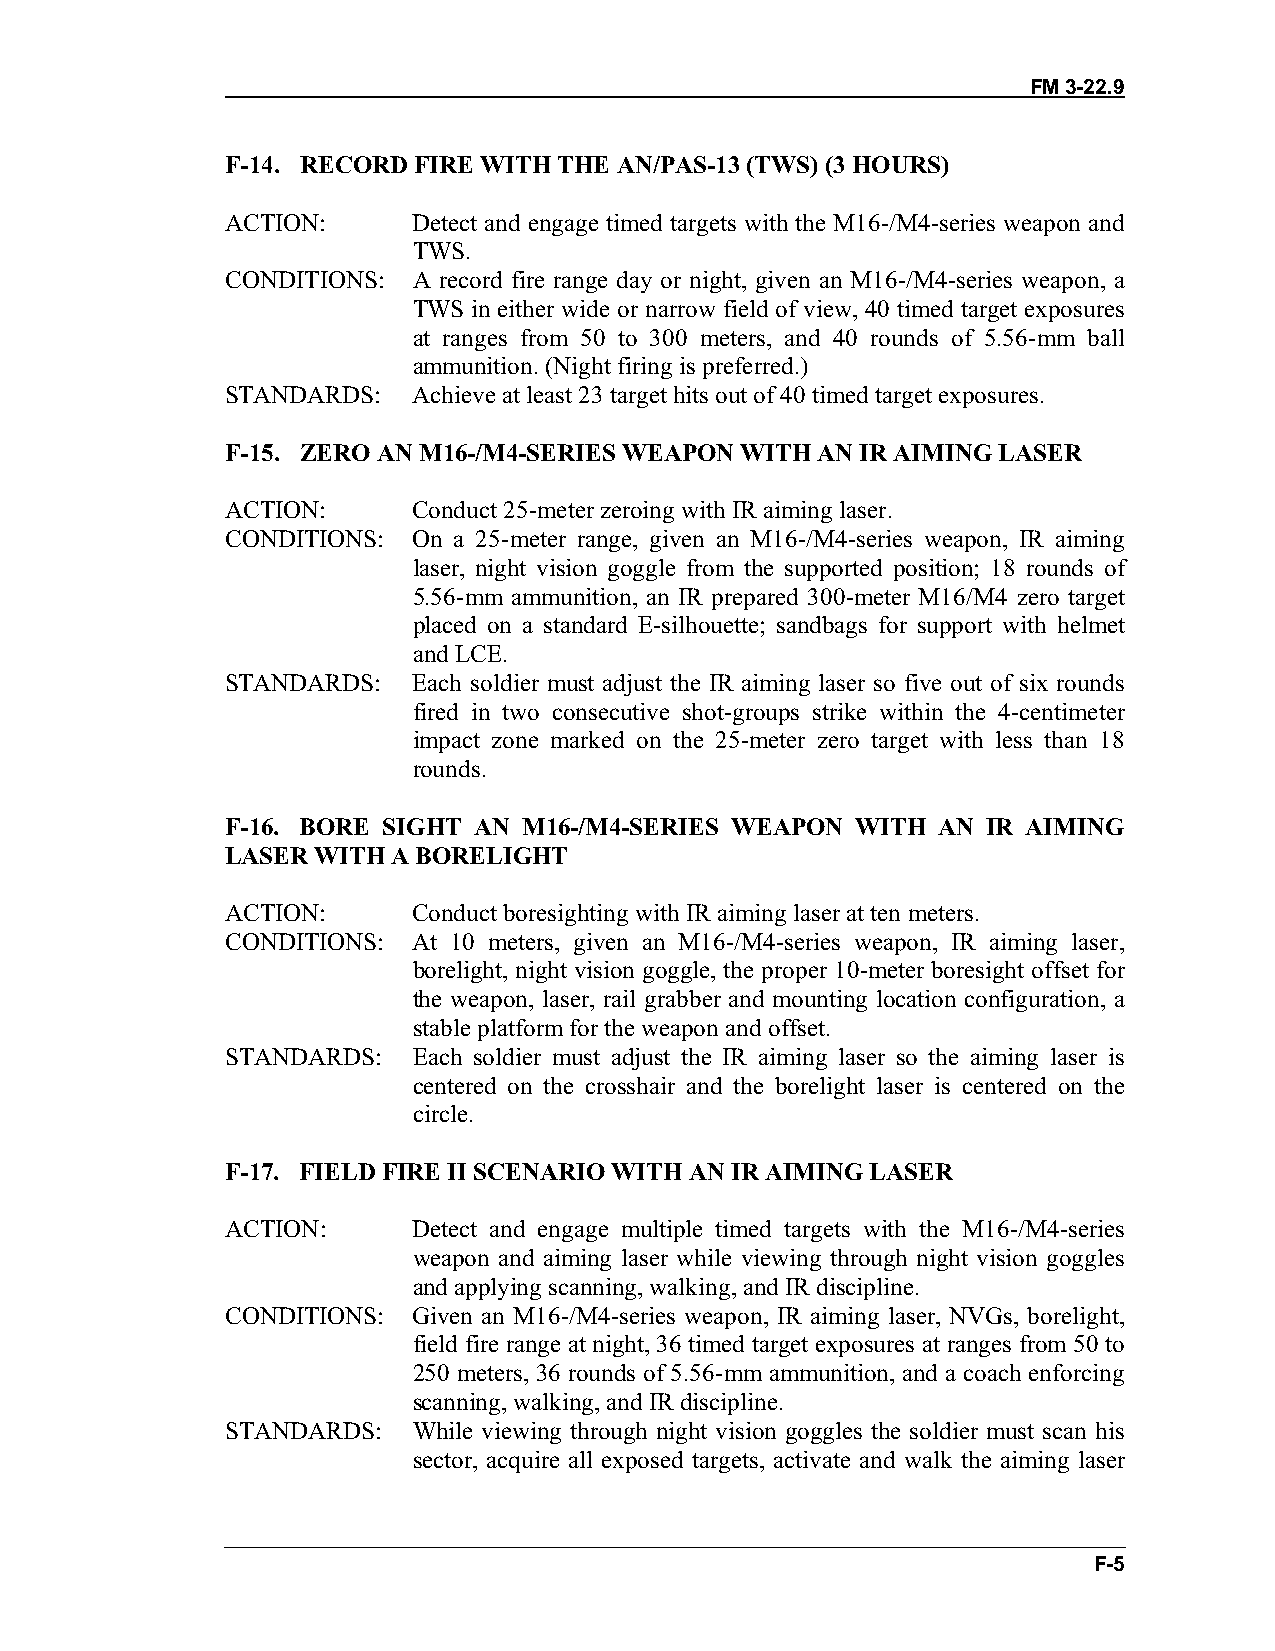
FM 3-22.9
 F-14. RECORD FIRE WITH THE AN/PAS-13 (TWS) (3 HOURS)
 ACTION:     Detect and engage timed targets with the M16-/M4-series weapon and
 TWS.
 CONDITIONS: A record fire range day or night, given an M16-/M4-series weapon, a
 TWS in either wide or narrow field of view, 40 timed target exposures
 at ranges from 50 to 300 meters, and 40 rounds of 5.56-mm ball
 ammunition. (Night firing is preferred.)
 STANDARDS:  Achieve at least 23 target hits out of 40 timed target exposures.
 F-15. ZERO AN M16-/M4-SERIES WEAPON WITH AN IR AIMING LASER
 ACTION:     Conduct 25-meter zeroing with IR aiming laser.
 CONDITIONS: On a 25-meter range, given an M16-/M4-series weapon, IR aiming
 laser, night vision goggle from the supported position; 18 rounds of
 5.56-mm ammunition, an IR prepared 300-meter M16/M4 zero target
 placed on a standard E-silhouette; sandbags for support with helmet
 and LCE.
 STANDARDS:  Each soldier must adjust the IR aiming laser so five out of six rounds
 fired in two consecutive shot-groups strike within the 4-centimeter
 impact zone marked on the 25-meter zero target with less than 18
 rounds.
 F-16. BORE SIGHT AN M16-/M4-SERIES WEAPON WITH AN IR AIMING
 LASER WITH A BORELIGHT
 ACTION:     Conduct boresighting with IR aiming laser at ten meters.
 CONDITIONS: At 10 meters, given an M16-/M4-series weapon, IR aiming laser,
 borelight, night vision goggle, the proper 10-meter boresight offset for
 the weapon, laser, rail grabber and mounting location configuration, a
 stable platform for the weapon and offset.
 STANDARDS:  Each soldier must adjust the IR aiming laser so the aiming laser is
 centered on the crosshair and the borelight laser is centered on the
 circle.
 F-17. FIELD FIRE II SCENARIO WITH AN IR AIMING LASER
 ACTION:     Detect and engage multiple timed targets with the M16-/M4-series
 weapon and aiming laser while viewing through night vision goggles
 and applying scanning, walking, and IR discipline.
 CONDITIONS: Given an M16-/M4-series weapon, IR aiming laser, NVGs, borelight,
 field fire range at night, 36 timed target exposures at ranges from 50 to
 250 meters, 36 rounds of 5.56-mm ammunition, and a coach enforcing
 scanning, walking, and IR discipline.
 STANDARDS:  While viewing through night vision goggles the soldier must scan his
 sector, acquire all exposed targets, activate and walk the aiming laser
 F-5